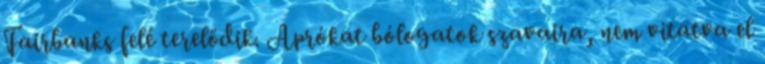
Fairbanks felé terelődik. Aprókat bólogatok szavaira, nem vitatva el